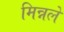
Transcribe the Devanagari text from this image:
मिन्नले